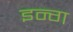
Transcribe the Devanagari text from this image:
इन्ग